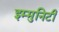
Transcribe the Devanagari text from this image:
इम्मुनिटी